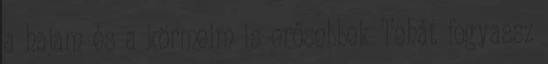
a hajam és a körmeim is erősebbek Tehát fogyassz